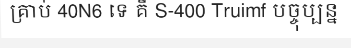
គ្រាប់ 40N6 ទេ គឺ S-400 Truimf បច្ចុប្បន្ន